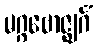
မဂ္ဂဗောဇ္ဈင်္ဂံ